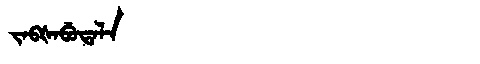
Manchu: ᠵᠠᠪᡧᠠᠪᡠᡨᠠᠯᠠ
Romanization: JABŠABUTALA